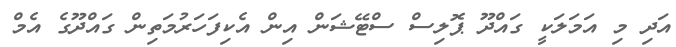
އަދި މި އަމަލަކީ ގައްދޫ ޕޮލިސް ސްޓޭޝަން އިން އެކިފަހަރުމަތިން ގައްދޫގެ އެމް